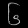
Digit: ၆